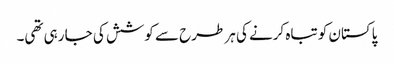
پاکستان کو تباہ کرنے کی ہر طرح سے کوشش کی جا رہی تھی۔